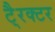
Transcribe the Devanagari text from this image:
टै्रक्टर